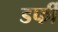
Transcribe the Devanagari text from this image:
डर्फी